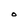
Character: O